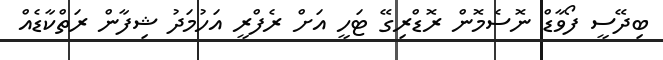
ބިދޭސީ ފޯވާޑް ނޮސެމޮން ރޮޑްރިގޭ ޓަހީ އަށް ރެފްރީ އަހުމަދު ޝިފާން ރަތްކާޑެއް